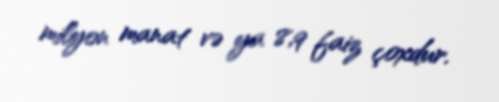
milyon manat və ya 8,9 faiz çoxdur.